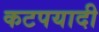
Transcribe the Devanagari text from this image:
कटपयादी